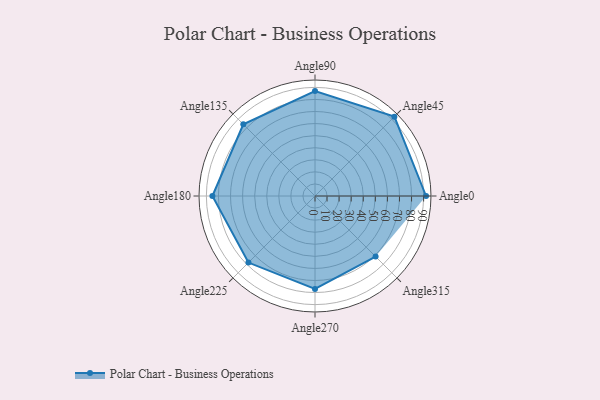
{"axis": {"x": "Angle", "y": "Radius"}, "legend": [""], "data": [{"x": "Angle0", "y": 92.0, "type": ""}, {"x": "Angle45", "y": 93.0, "type": ""}, {"x": "Angle90", "y": 87.0, "type": ""}, {"x": "Angle135", "y": 84.0, "type": ""}, {"x": "Angle180", "y": 85.0, "type": ""}, {"x": "Angle225", "y": 78.0, "type": ""}, {"x": "Angle270", "y": 77.0, "type": ""}, {"x": "Angle315", "y": 71.0, "type": ""}]}